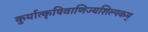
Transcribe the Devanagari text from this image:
कुर्यात्कृषिवाणिज्यशिल्पकम्